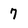
Character: 7